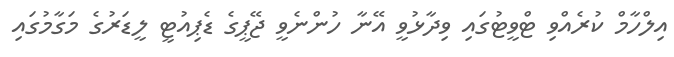
އިލްހާމް ކުރެއްވި ޓްވީޓުގައި ވިދާޅުވީ އޭނާ ހުންނެވީ ޖޭޕީގެ ޑެޕިއުޓީ ލީޑަރުގެ މަގާމުގައި